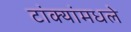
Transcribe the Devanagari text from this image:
टांक्यांमधले